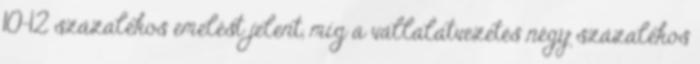
10–12 százalékos emelést jelent, míg a vállalatvezetés négy százalékos